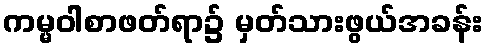
ကမ္မဝါစာဖတ်ရာ၌ မှတ်သားဖွယ်အခန်း